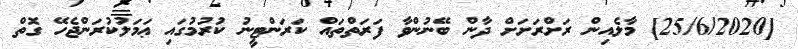
[25/6/2020] މާލެއިން ރަށްރަށަށް ދާން ބޭނުންވާ ފަރަތްތައް ކަރަންޓީނު ކުރުމުގައި ޢަމަލުކުރަންޖެހޭ ގޮތް